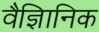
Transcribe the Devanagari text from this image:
वैज्ञिानिक